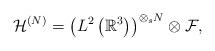
LaTeX: \begin{align*}\mathcal{H}^{(N)} = \left(L^2 \left( \mathbb{R}^{3} \right) \right)^{\otimes_s N} \otimes \mathcal{F} ,\end{align*}